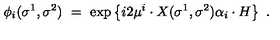
\phi _ { i } ( \sigma ^ { 1 } , \sigma ^ { 2 } ) \ = \ \exp \left\{ i 2 \mu ^ { i } \cdot X ( \sigma ^ { 1 } , \sigma ^ { 2 } ) \alpha _ { i } \cdot H \right\} \ .